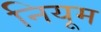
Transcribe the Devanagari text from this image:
नियूम